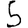
Digit: 5